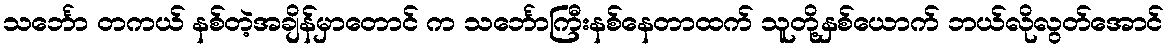
သင်္ဘော တကယ် နစ်တဲ့အချိန်မှာတောင် က သင်္ဘောကြီးနစ်နေတာထက် သူတို့နှစ်ယောက် ဘယ်လိုလွတ်အောင်